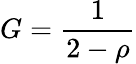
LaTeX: G=\frac{1}{2-\rho}